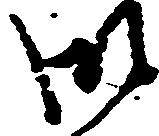
御